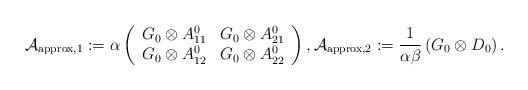
LaTeX: \begin{align*}\mathcal{A}_{\textrm{approx,1}} := \alpha & \left(\begin{array}{cc} G_{0} \otimes {A}_{11}^{0} & G_{0} \otimes {A}_{21}^{0} \\ G_{0} \otimes {A}_{12}^{0} & G_{0} \otimes {A}_{22}^{0} \end{array}\right), \mathcal{A}_{\textrm{approx},2} := \frac{1}{\alpha \beta} \left(G_{0} \otimes D_{0} \right).\end{align*}